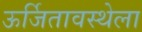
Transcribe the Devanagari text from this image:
ऊर्जितावस्थेला